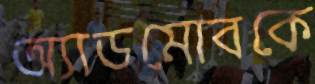
অ্যাডমোবকে